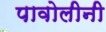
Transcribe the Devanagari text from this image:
पावोलीनी